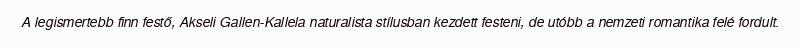
A legismertebb finn festő, Akseli Gallen-Kallela naturalista stílusban kezdett festeni, de utóbb a nemzeti romantika felé fordult.